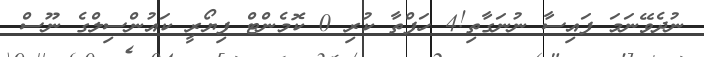
ނުދެވޭނަމަ ފައިސާ ނުނަގާތި!4 ހަފްތާ ކުރި 0 ކޮމެންޓް ފިޔޯރީ ކައުންސިލްގެ ނޫސް